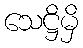
သေဋ္ဌိမှိ